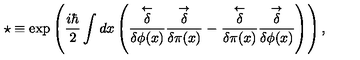
\star \equiv \exp \left( { \frac { i \hbar } { 2 } } \int d x \left( \stackrel { \leftarrow } { \frac { \delta } { \delta \phi ( x ) } } \stackrel { \rightarrow } { \frac { \delta } { \delta \pi ( x ) } } - \stackrel { \leftarrow } { \frac { \delta } { \delta \pi ( x ) } } \stackrel { \rightarrow } { \frac { \delta } { \delta \phi ( x ) } } \right) \right) ,